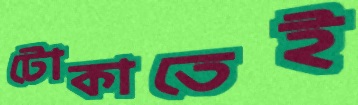
টোকাতেই